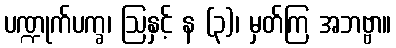
ပဏ္ဍုက်ပက္ခ၊ ဩနှင့် န (၃)၊ မှတ်ကြ အဘဗ္ဗာ။